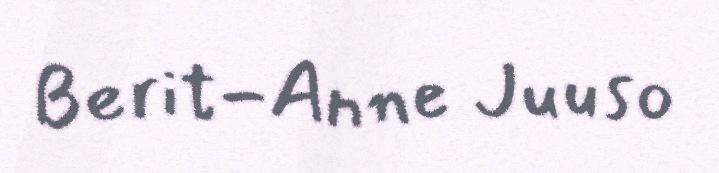
Berit-Anne Juuso